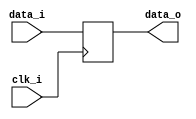
module bsg_dff_width_p1890
(
  clk_i,
  data_i,
  data_o
);

  input [1889:0] data_i;
  output [1889:0] data_o;
  input clk_i;
  reg [1889:0] data_o;

  always @(posedge clk_i) begin
    if(1'b1) begin
      { data_o[1889:0] } <= { data_i[1889:0] };
    end
  end


endmodule